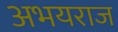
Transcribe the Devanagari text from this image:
अभयराज